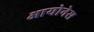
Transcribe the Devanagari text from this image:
आयोनेस